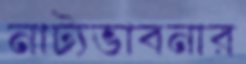
নাট্যভাবনার